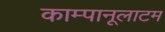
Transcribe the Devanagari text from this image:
काम्पानूलाटम